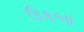
ઉકબા